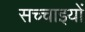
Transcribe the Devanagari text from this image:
सच्‍चाइयों